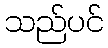
သည်ပင်